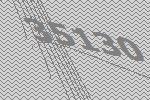
35130